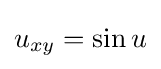
u_{xy}=\sin u